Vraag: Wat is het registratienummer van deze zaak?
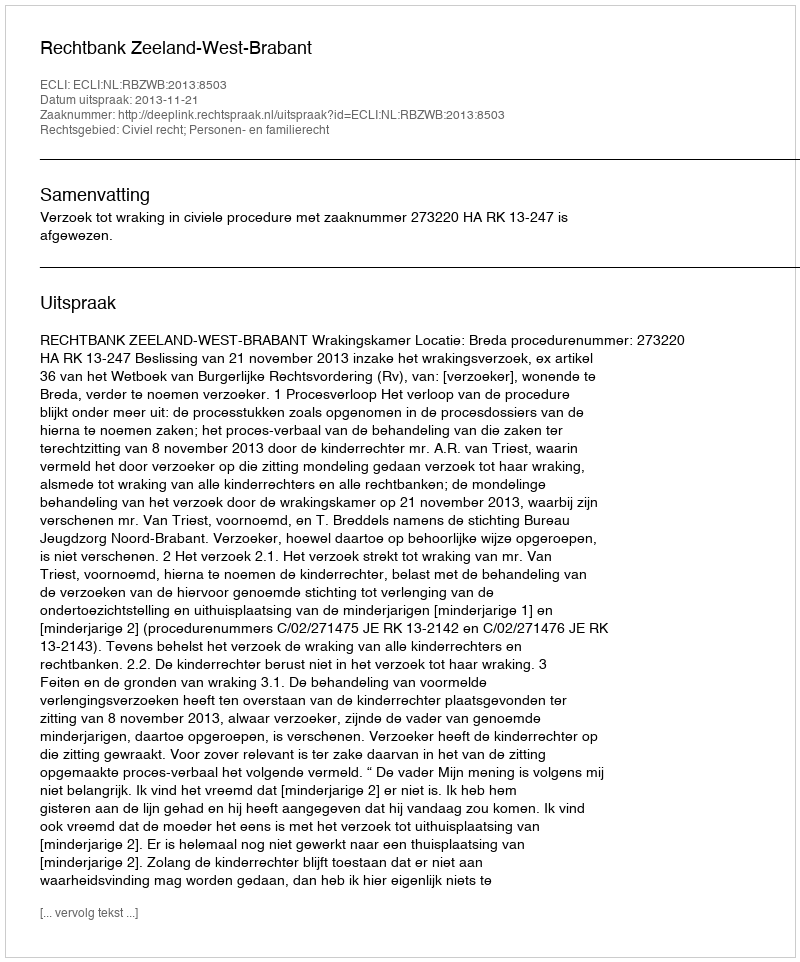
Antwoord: http://deeplink.rechtspraak.nl/uitspraak?id=ECLI:NL:RBZWB:2013:8503